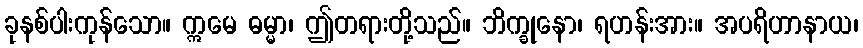
ခုနစ်ပါးကုန်သော။ ဣမေ ဓမ္မာ၊ ဤတရားတို့သည်။ ဘိက္ခုနော၊ ရဟန်းအား။ အပရိဟာနာယ၊